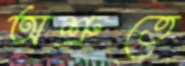
অশ্রুতে